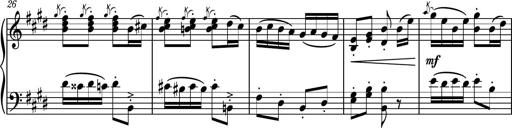
Title: Piano Sonatina No.7
Composer: Dimitri Sykias
Key: G major